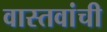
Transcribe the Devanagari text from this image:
वास्तवांची